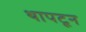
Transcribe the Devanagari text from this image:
थापटून